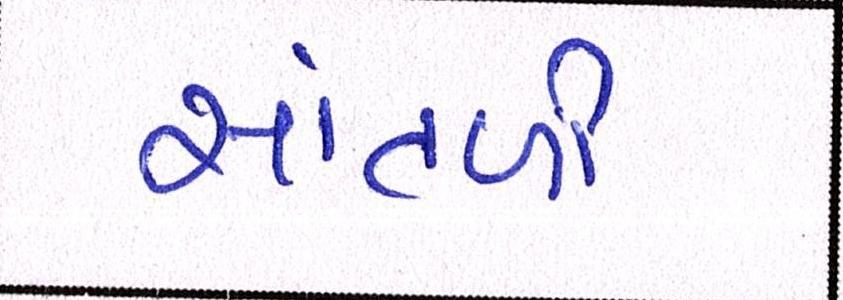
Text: સાંતળી